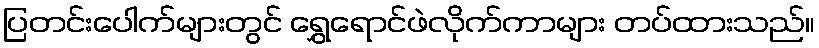
ပြတင်းပေါက်များတွင် ရွှေရောင်ဖဲလိုက်ကာများ တပ်ထားသည်။